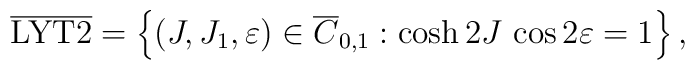
\overline{\rm LYT2}= \left\{ (J,J_1,\varepsilon)\in \overline    C_{0,1} :  \cosh 2J\,\cos 2\varepsilon = 1    \right\},